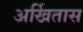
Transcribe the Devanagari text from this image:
अर्खितास